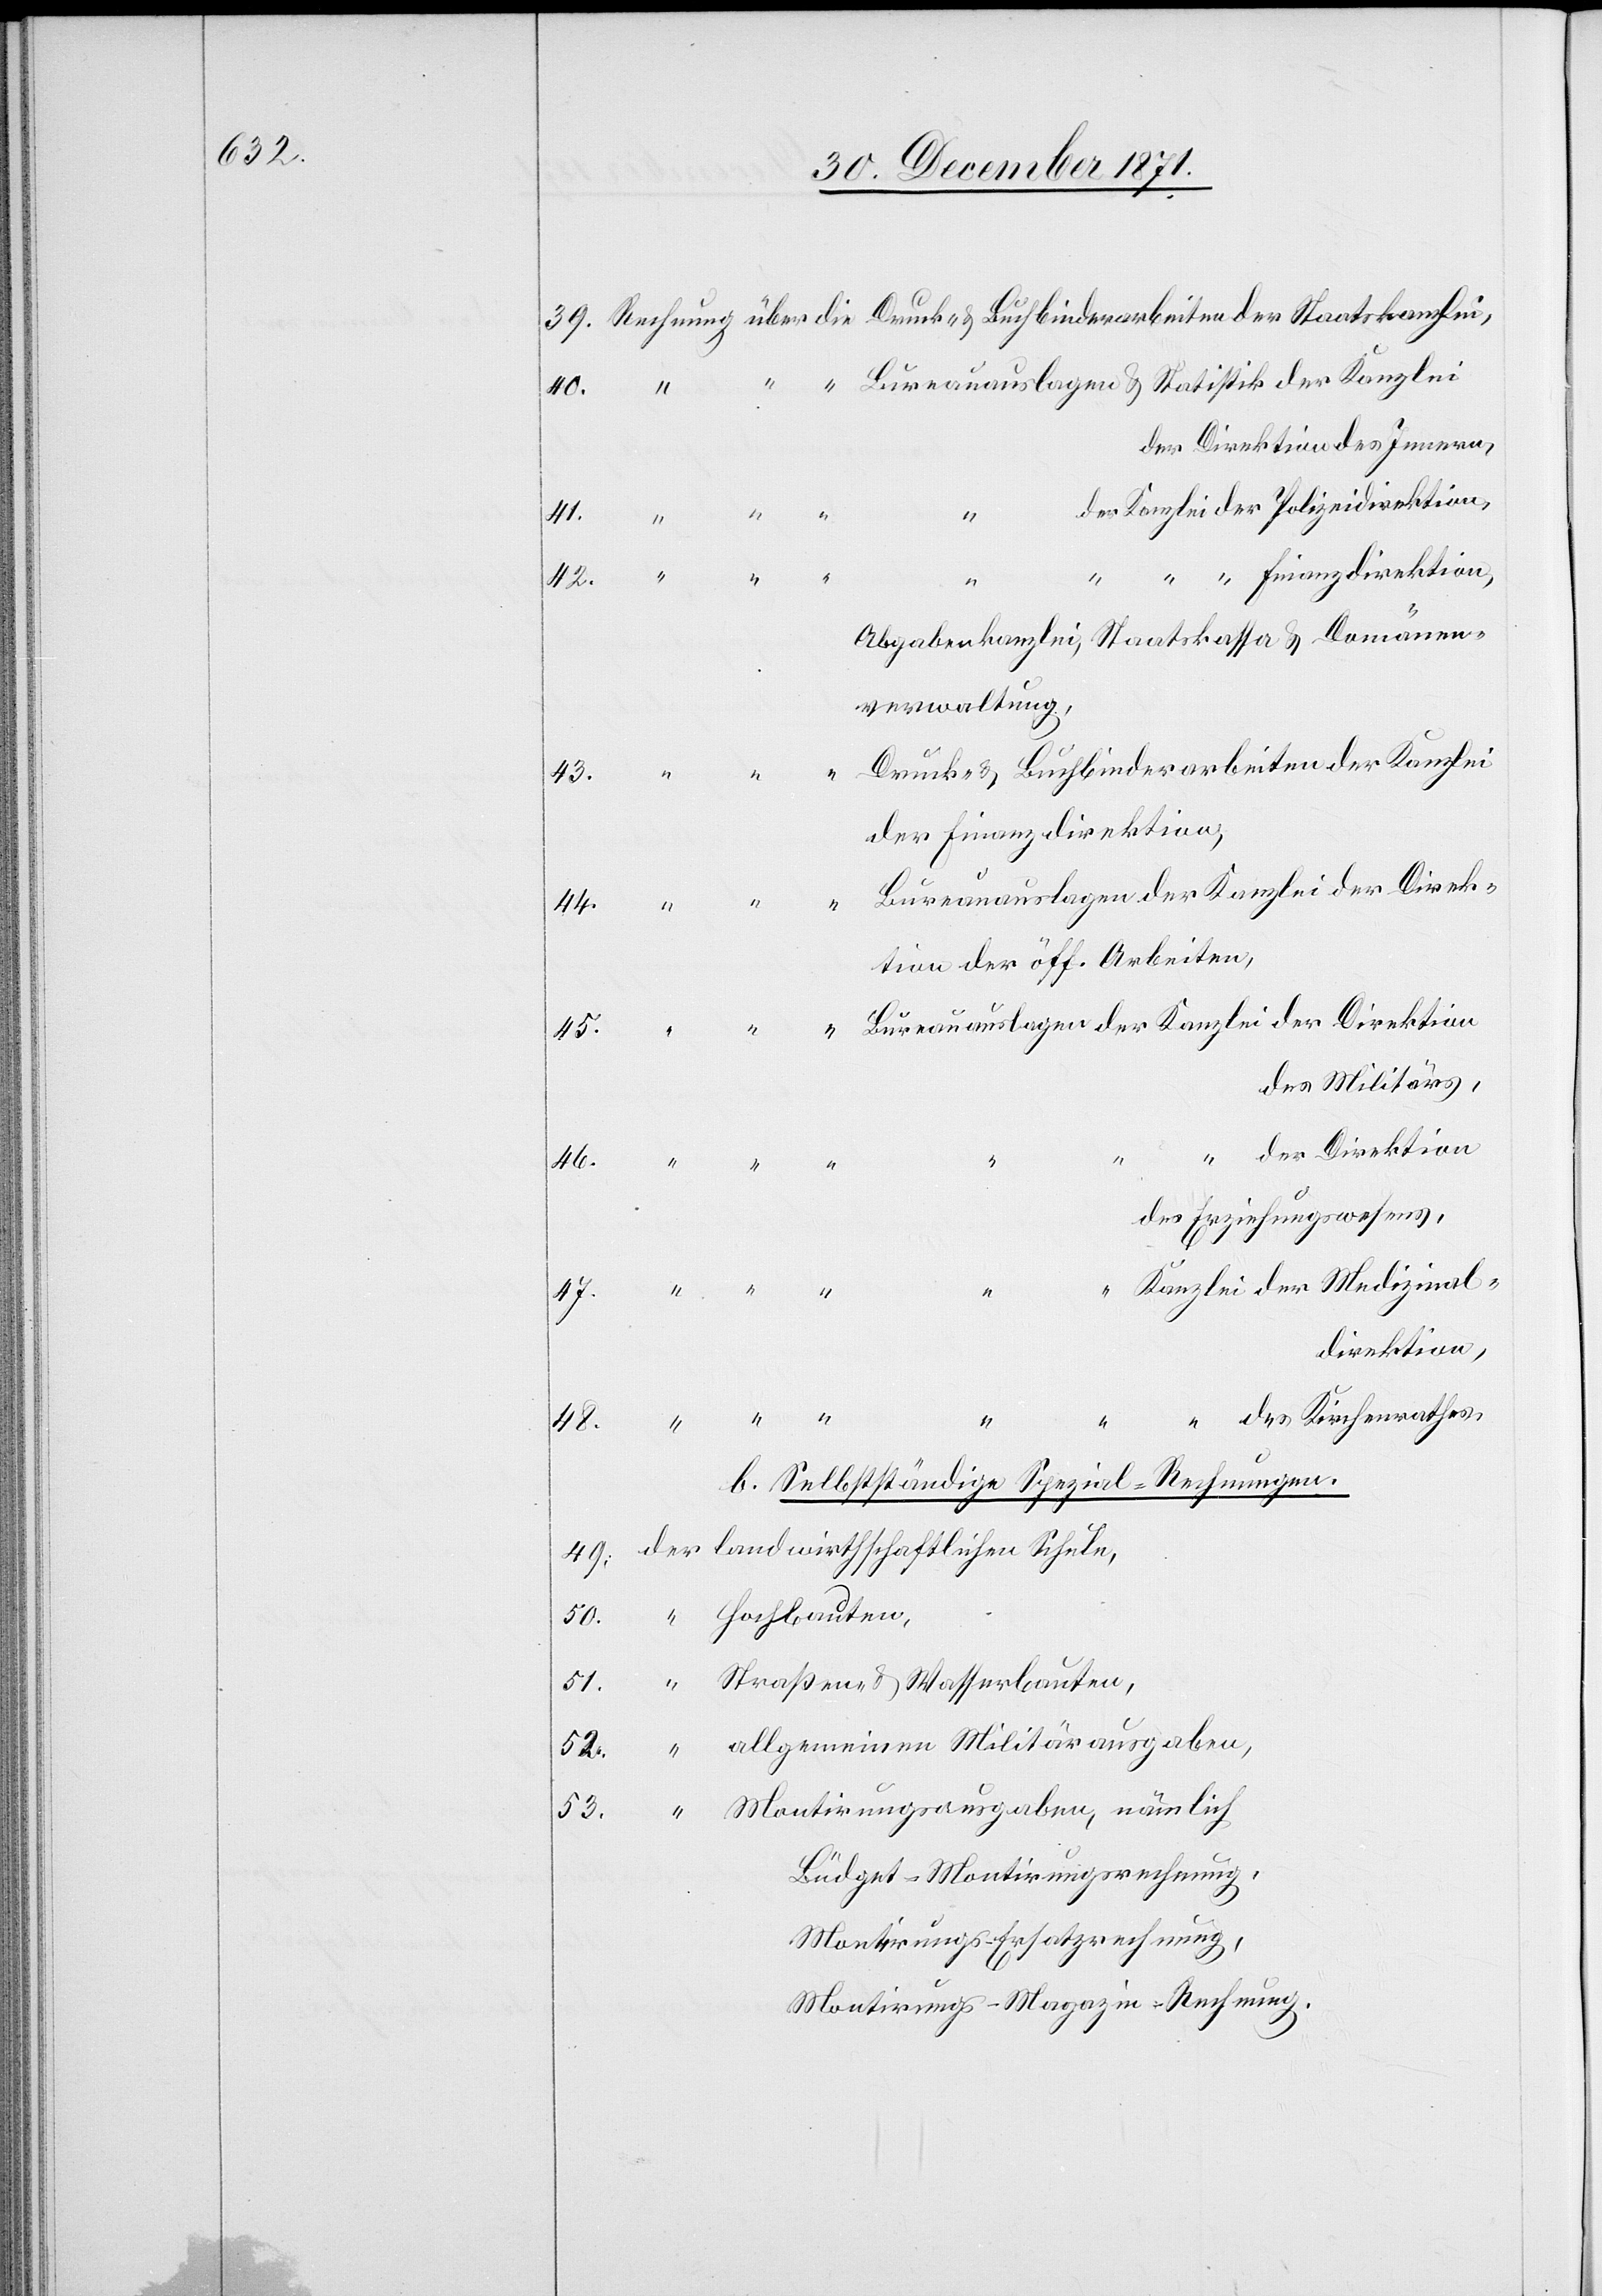
39. Rechnung über die Druck- & Buchbinderarbeiten der Staatskanzlei,
“ “ Bureauauslagen & Statistik der Kanzlei
der Direktion des Innern,
der Kanzlei der Polizeidirektion,
48.
“ “ “ “
“ “ “ Finanzdirektion,
[Rechnung
Abgabenkanzlei, Staatskassa & Domänen¬
verwaltung,
Druck- & Buchbinderarbeiten der Kanzlei
43.
der Finanzdirektion,
44. “ “ “ Bureauauslagen der Kanzlei der Direk¬
tion der öff. Arbeiten,
Bureauauslagen der Kanzlei] der Direktion
des Militärs,
46.
des Erziehungswesens,
“ Kanzlei der Medizinal¬
direktion,
“ “ des Kirchenrathes.
b. Selbstständige Spezial-Rechnungen.
49. der landwirthschaftlichen Schule,
50. “ Hochbauten,
51. “ Straßen & Wasserbauten,
52. “ allgemeinen Militärausgaben,
“ Montirungsausgaben, nämlich
53.
Büdget-Montirungsrechnung,
Montirungs-Ersatzrechnung,
Montirungs-Magazin-Rechnung.